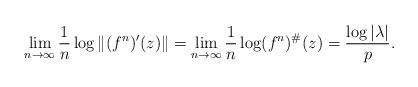
LaTeX: \begin{align*}\lim_{n\to\infty}\frac{1}{n}\log \|(f^n)'(z)\|=\lim_{n\to\infty}\frac{1}{n}\log (f^n)^\#(z)=\frac{\log|\lambda|}{p}.\end{align*}